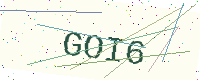
Text: GOI6